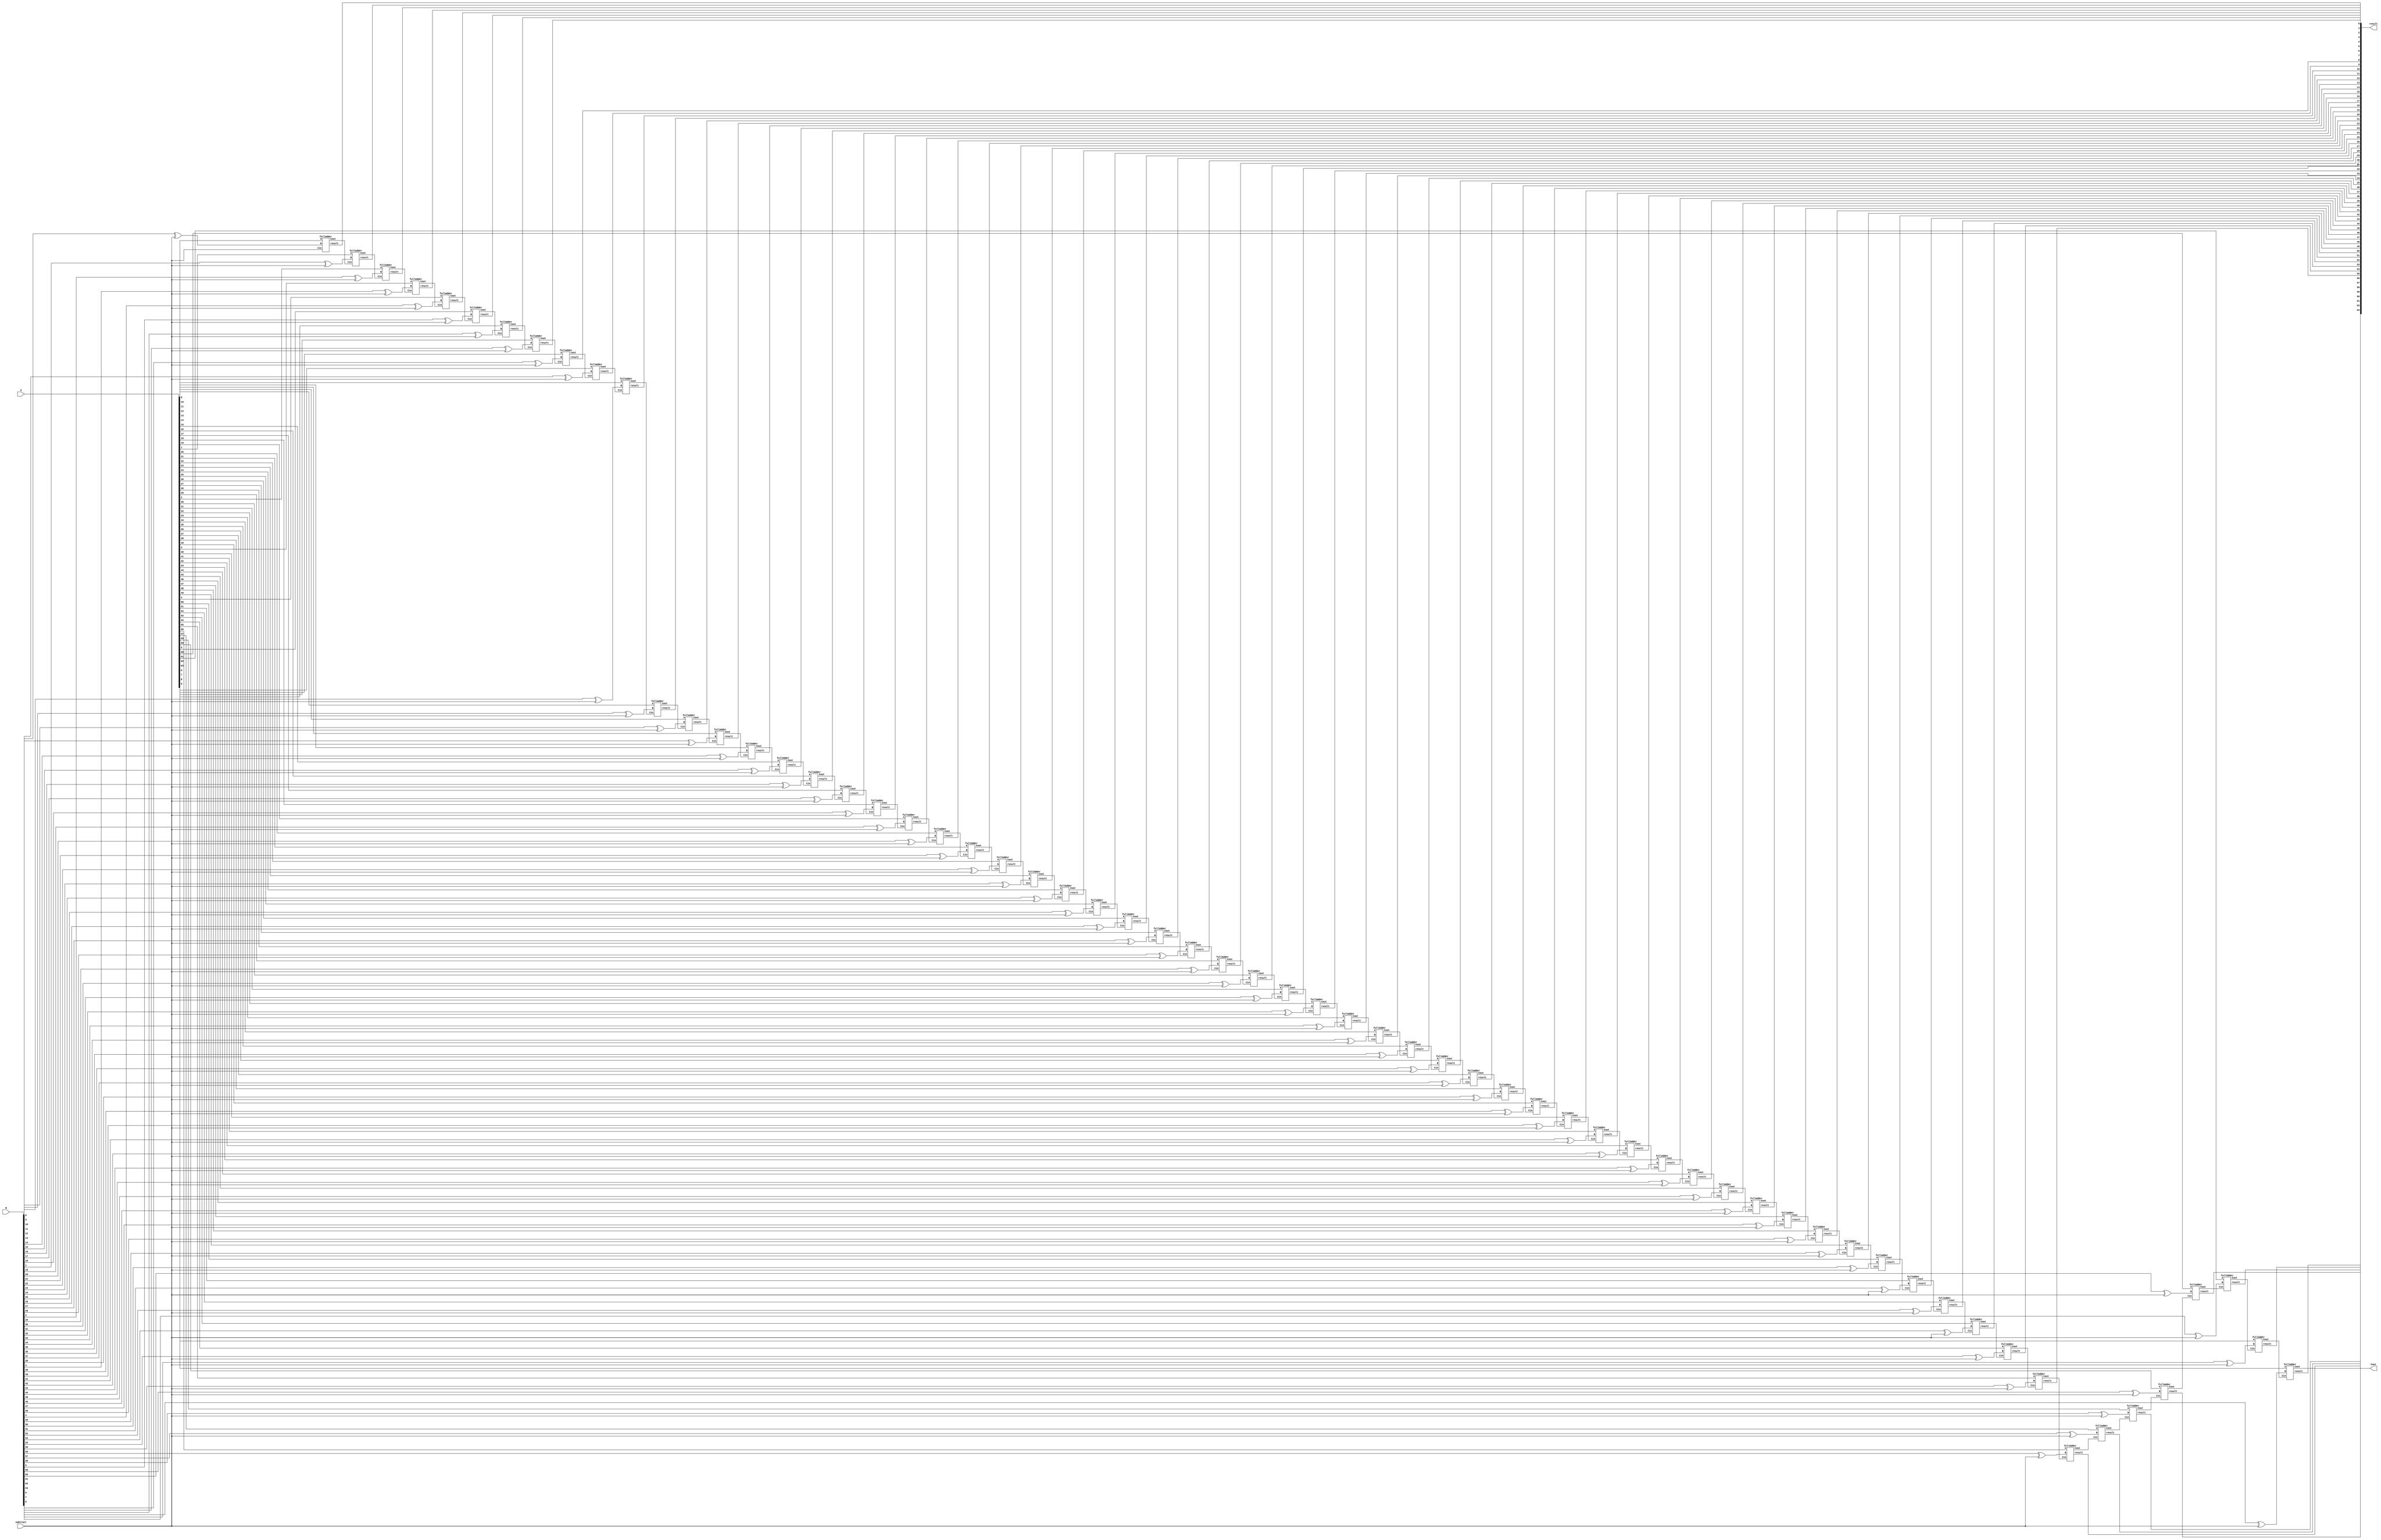
module sum_sub #(
  parameter WIDTH = 64
)(
  input [WIDTH-1:0] A,
  input [WIDTH-1:0] B,
  input subtract,
  output [WIDTH-1:0] result,
  output Cout
); 

  wire [WIDTH:0] C;
  assign C[0] = subtract;

  wire B_alterado;


  genvar i;
  generate
    for (i = 0; i < WIDTH; i = i + 1) begin : fa_inst
      fullAdder FA (
        .A(A[i]),
        .B(B[i] ^ subtract),
        .Cin(C[i]),
        .result(result[i]),
        .Cout(C[i+1])
      );
    end
  endgenerate

  assign Cout = C[WIDTH];

endmodule



module fullAdder (
    input A,
    input B,
    input Cin,
    output result,
    output Cout
);

    assign result = A ^ B ^ Cin;
    assign Cout = (A & B) | (Cin & (A | B));
    
endmodule